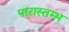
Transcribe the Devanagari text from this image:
पारास्तम्भ